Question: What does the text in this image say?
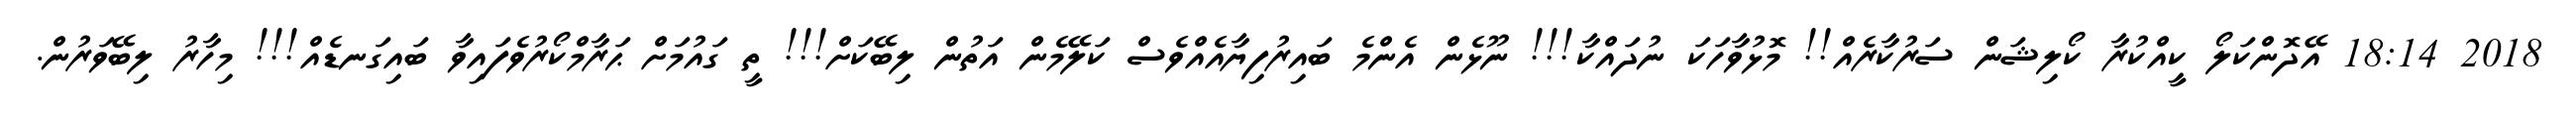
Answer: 2018 18:14 އޭދޮންކަލޯ ކީއްކުރާ ކޯލިޝަން ސަރުކާރެއް!! މޮޅުވާހަކަ ނުދައްކާ!!! ނޫޅެން އެންމެ ބައިރުފިޔާއެއްވެސް ކަލޭމެން އަތުން ލިބޭކަށް!!! ތީ ގައުމަށް ޙަރާމްކޯރުވެފައިވާ ބައިގަނޑެއް!!! މިހާރު ލިބޭވަރުން.